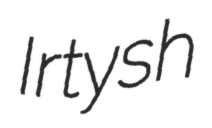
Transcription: Irtysh